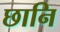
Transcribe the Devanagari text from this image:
छानि